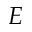
E